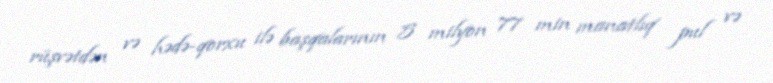
rüşvətdən və hədə-qorxu ilə başqalarının 5 milyon 77 min manatlıq pul və